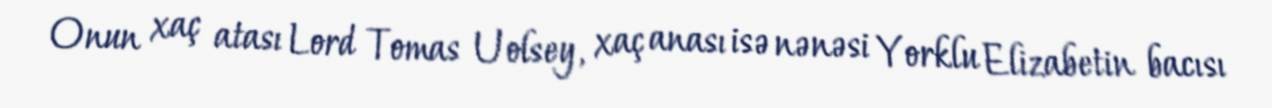
Onun xaç atası Lord Tomas Uolsey, xaç anası isə nənəsi Yorklu Elizabetin bacısı